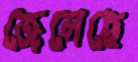
জেলেছে